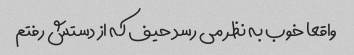
واقعا خوب به نظر می رسد حیف که از دستش رفتم